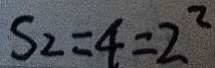
S _ { 2 } = 4 = 2 ^ { 2 }